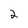
Character: 2